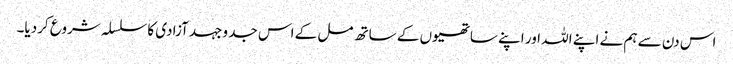
اس دن سے ہم نے اپنے اللہ اور اپنے ساتھیوں کے ساتھ مل کے اس جد وجہد آزادی کا سلسلہ شروع کردیا۔